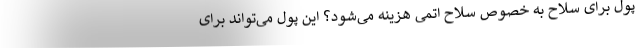
پول برای سلاح به خصوص سلاح اتمی هزینه می‌شود؟ این پول می‌تواند برای